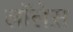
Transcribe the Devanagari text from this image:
लाॅलेस़